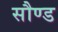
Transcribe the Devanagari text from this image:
सौण्ड